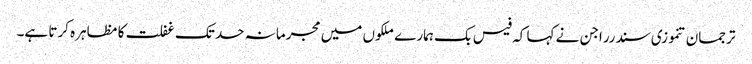
ترجمان تنموزی سندرراجن نے کہا کہ فیس بک ہمارے ملکوں میں مجرمانہ حد تک غفلت کا مظاہرہ کرتا ہے۔